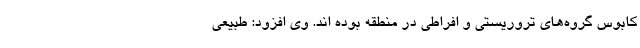
کابوس گروه‌های تروریستی و افراطی در منطقه بوده اند. وی افزود: طبیعی